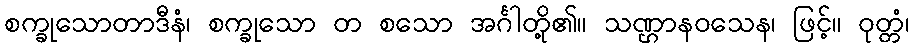
စက္ခုသောတာဒီနံ၊ စက္ခုသော တ စသော အင်္ဂါတို့၏။ သဏ္ဌာနဝသေန၊ ဖြင့်။ ဝုတ္တံ၊